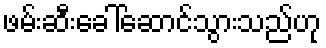
ဖမ်းဆီးခေါ်ဆောင်သွားသည်ဟု